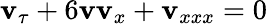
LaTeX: \mathbf{v}_{\tau}+6\mathbf{v}\mathbf{v}_{x}+\mathbf{v}_{xxx}=0